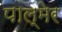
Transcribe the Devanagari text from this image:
पाल्मेर